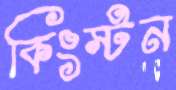
কিংস্টন